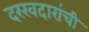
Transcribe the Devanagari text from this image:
दरखदारांची